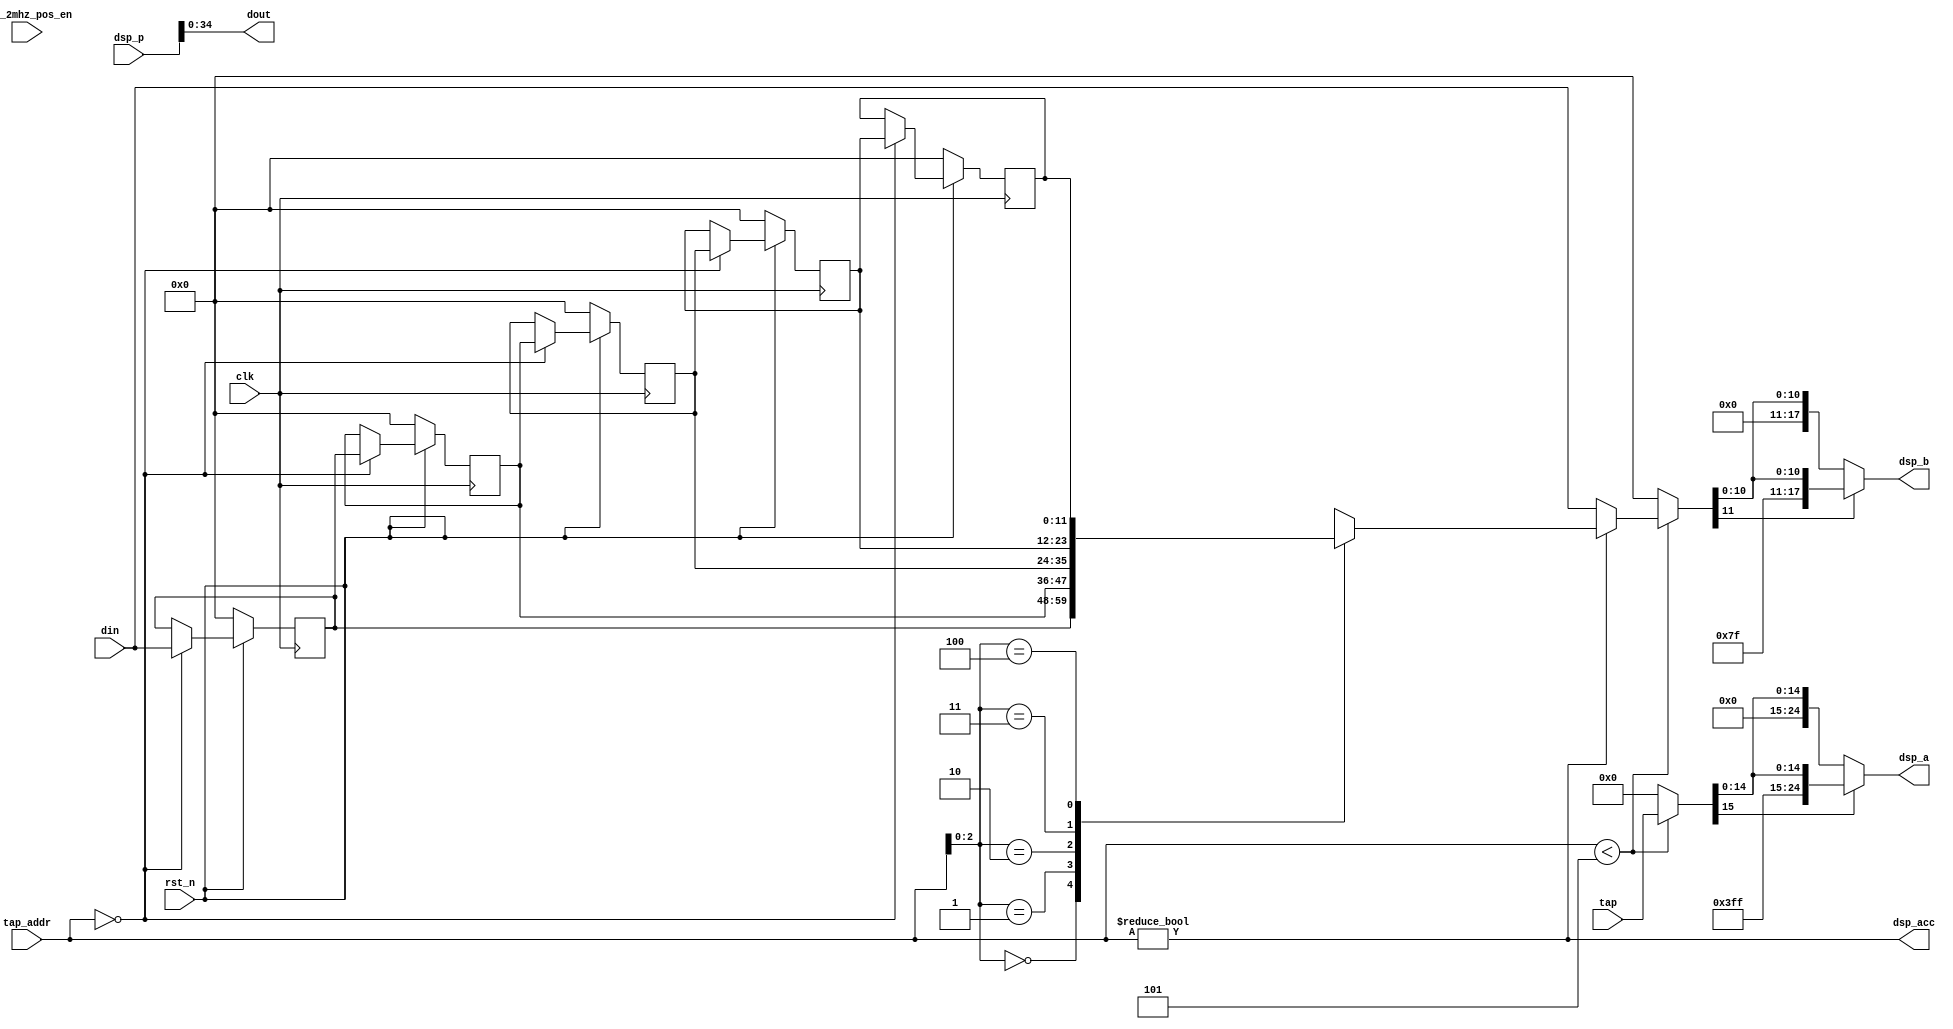
module bank #(
   parameter N_TAPS         = 120, /* total number of taps */
   parameter M              = 20,  /* decimation factor */
   parameter M_LOG2         = 5,
   parameter BANK_LEN       = 6,   /* N_TAPS/M */
   parameter BANK_LEN_LOG2  = 3,   /* num bits needed to hold a BANK_LEN counter */
   parameter INPUT_WIDTH    = 12,
   parameter TAP_WIDTH      = 16,
   parameter OUTPUT_WIDTH   = 35,    /* same as internal width in fir_poly */
   parameter DSP_A_WIDTH    = 25,
   parameter DSP_B_WIDTH    = 18,
   parameter DSP_P_WIDTH    = 48
) (
   input wire                            clk,
   input wire                            rst_n,
   input wire                            clk_2mhz_pos_en,
   input wire signed [INPUT_WIDTH-1:0]   din,
   output wire signed [OUTPUT_WIDTH-1:0] dout,
   input wire [M_LOG2-1:0]               tap_addr,
   input wire signed [TAP_WIDTH-1:0]     tap,
   output wire                           dsp_acc,
   output wire signed [DSP_A_WIDTH-1:0]  dsp_a,
   output wire signed [DSP_B_WIDTH-1:0]  dsp_b,
   input wire signed [DSP_P_WIDTH-1:0]   dsp_p
);

   function [DSP_A_WIDTH-1:0] sign_extend_a(input [TAP_WIDTH-1:0] expr);
      sign_extend_a = (expr[TAP_WIDTH-1] == 1'b1) ? {{DSP_A_WIDTH-TAP_WIDTH{1'b1}}, expr}
                      : {{DSP_A_WIDTH-TAP_WIDTH{1'b0}}, expr};
   endfunction
   function [DSP_B_WIDTH-1:0] sign_extend_b(input [INPUT_WIDTH-1:0] expr);
      sign_extend_b = (expr[INPUT_WIDTH-1] == 1'b1) ? {{DSP_B_WIDTH-INPUT_WIDTH{1'b1}}, expr}
                      : {{DSP_B_WIDTH-INPUT_WIDTH{1'b0}}, expr};
   endfunction

   reg signed [INPUT_WIDTH-1:0]         shift_reg [0:BANK_LEN-2];

   wire signed [OUTPUT_WIDTH-1:0]       dsp_out;

   integer i;
   always @(posedge clk) begin
      if (!rst_n) begin
         for (i=0; i<BANK_LEN-1; i=i+1)
           shift_reg[i] <= 0;
      end else begin
         if (tap_addr == {M_LOG2{1'b0}}) begin
            shift_reg[0] <= din;
            for (i=1; i<BANK_LEN-1; i=i+1)
              shift_reg[i] <= shift_reg[i-1];
         end
      end
   end

   assign dsp_acc = (tap_addr != {M_LOG2{1'b0}});
   wire [DSP_P_WIDTH-OUTPUT_WIDTH-1:0] p_msbs_drop;

   reg signed [INPUT_WIDTH-1:0]       dsp_din;

   always @(*) begin
      case (dsp_acc)
      0: dsp_din       = din;
      default: dsp_din = shift_reg[tap_addr[BANK_LEN_LOG2-1:0]];
      endcase
   end

   // dsp dsp (
   //    .clk (clk),
   //    .acc (dsp_acc),
   //    .a   (sign_extend_a(tap_addr < 5'd5 ? tap : {DSP_A_WIDTH{1'b0}})),
   //    .b   (sign_extend_b(tap_addr < 5'd5 ? dsp_din : {DSP_B_WIDTH{1'b0}})),
   //    .p   ({p_msbs_drop, dsp_out})
   // );

   // TODO parameterize
   assign dsp_a = sign_extend_a(tap_addr < 5'd5 ? tap : {DSP_A_WIDTH{1'b0}});
   assign dsp_b = sign_extend_b(tap_addr < 5'd5 ? dsp_din : {DSP_B_WIDTH{1'b0}});
   assign {p_msbs_drop, dsp_out} = dsp_p;

   assign dout = dsp_out;

endmodule